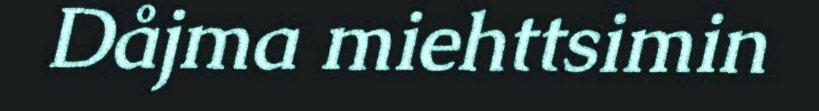
Dåjma miehttsimin